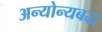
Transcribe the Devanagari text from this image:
अन्योन्यबद्ध